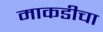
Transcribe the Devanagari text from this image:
माकडीचा